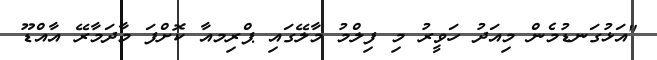
"އަޅުގަނޑުމެން މިއަދު ހަވީރު މި ފިލްމު މާލޭގައި ޕްރިމއާ ކޮށްފަ މާދަމާރޭ އާއްޑޫ